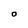
Character: 0